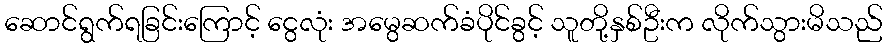
ဆောင်ရွက်ရခြင်းကြောင့် ငွေလုံး အမွေဆက်ခံပိုင်ခွင့် သူတို့နှစ်ဦးက လိုက်သွားမိသည်